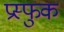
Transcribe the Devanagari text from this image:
प्रस्फुक